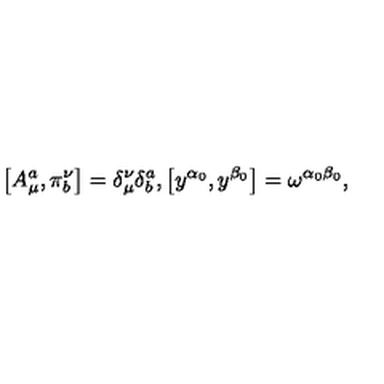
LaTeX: \left[ A _ { \mu } ^ { a } , \pi _ { b } ^ { \nu } \right] = \delta _ { \mu } ^ { \nu } \delta _ { b } ^ { a } , \left[ y ^ { \alpha _ { 0 } } , y ^ { \beta _ { 0 } } \right] = \omega ^ { \alpha _ { 0 } \beta _ { 0 } } ,